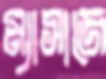
ম্যাসাজে